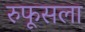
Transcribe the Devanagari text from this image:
रुफूसला